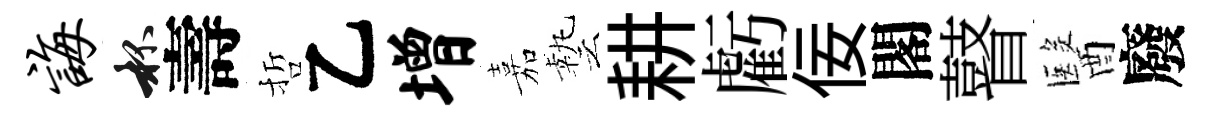
诲杯壽哲乙增嘉藝耕虧佞閣瞽醫廢